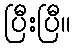
ပြီးပြီ။